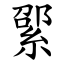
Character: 綤